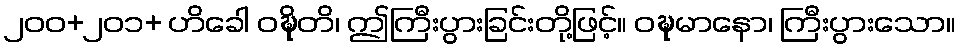
၂၀၀+၂၀၁+ ဟိခေါ ဝဍ္ဎိတိ၊ ဤကြီးပွားခြင်းတို့ဖြင့်။ ဝဍ္ဎမာနော၊ ကြီးပွားသော။